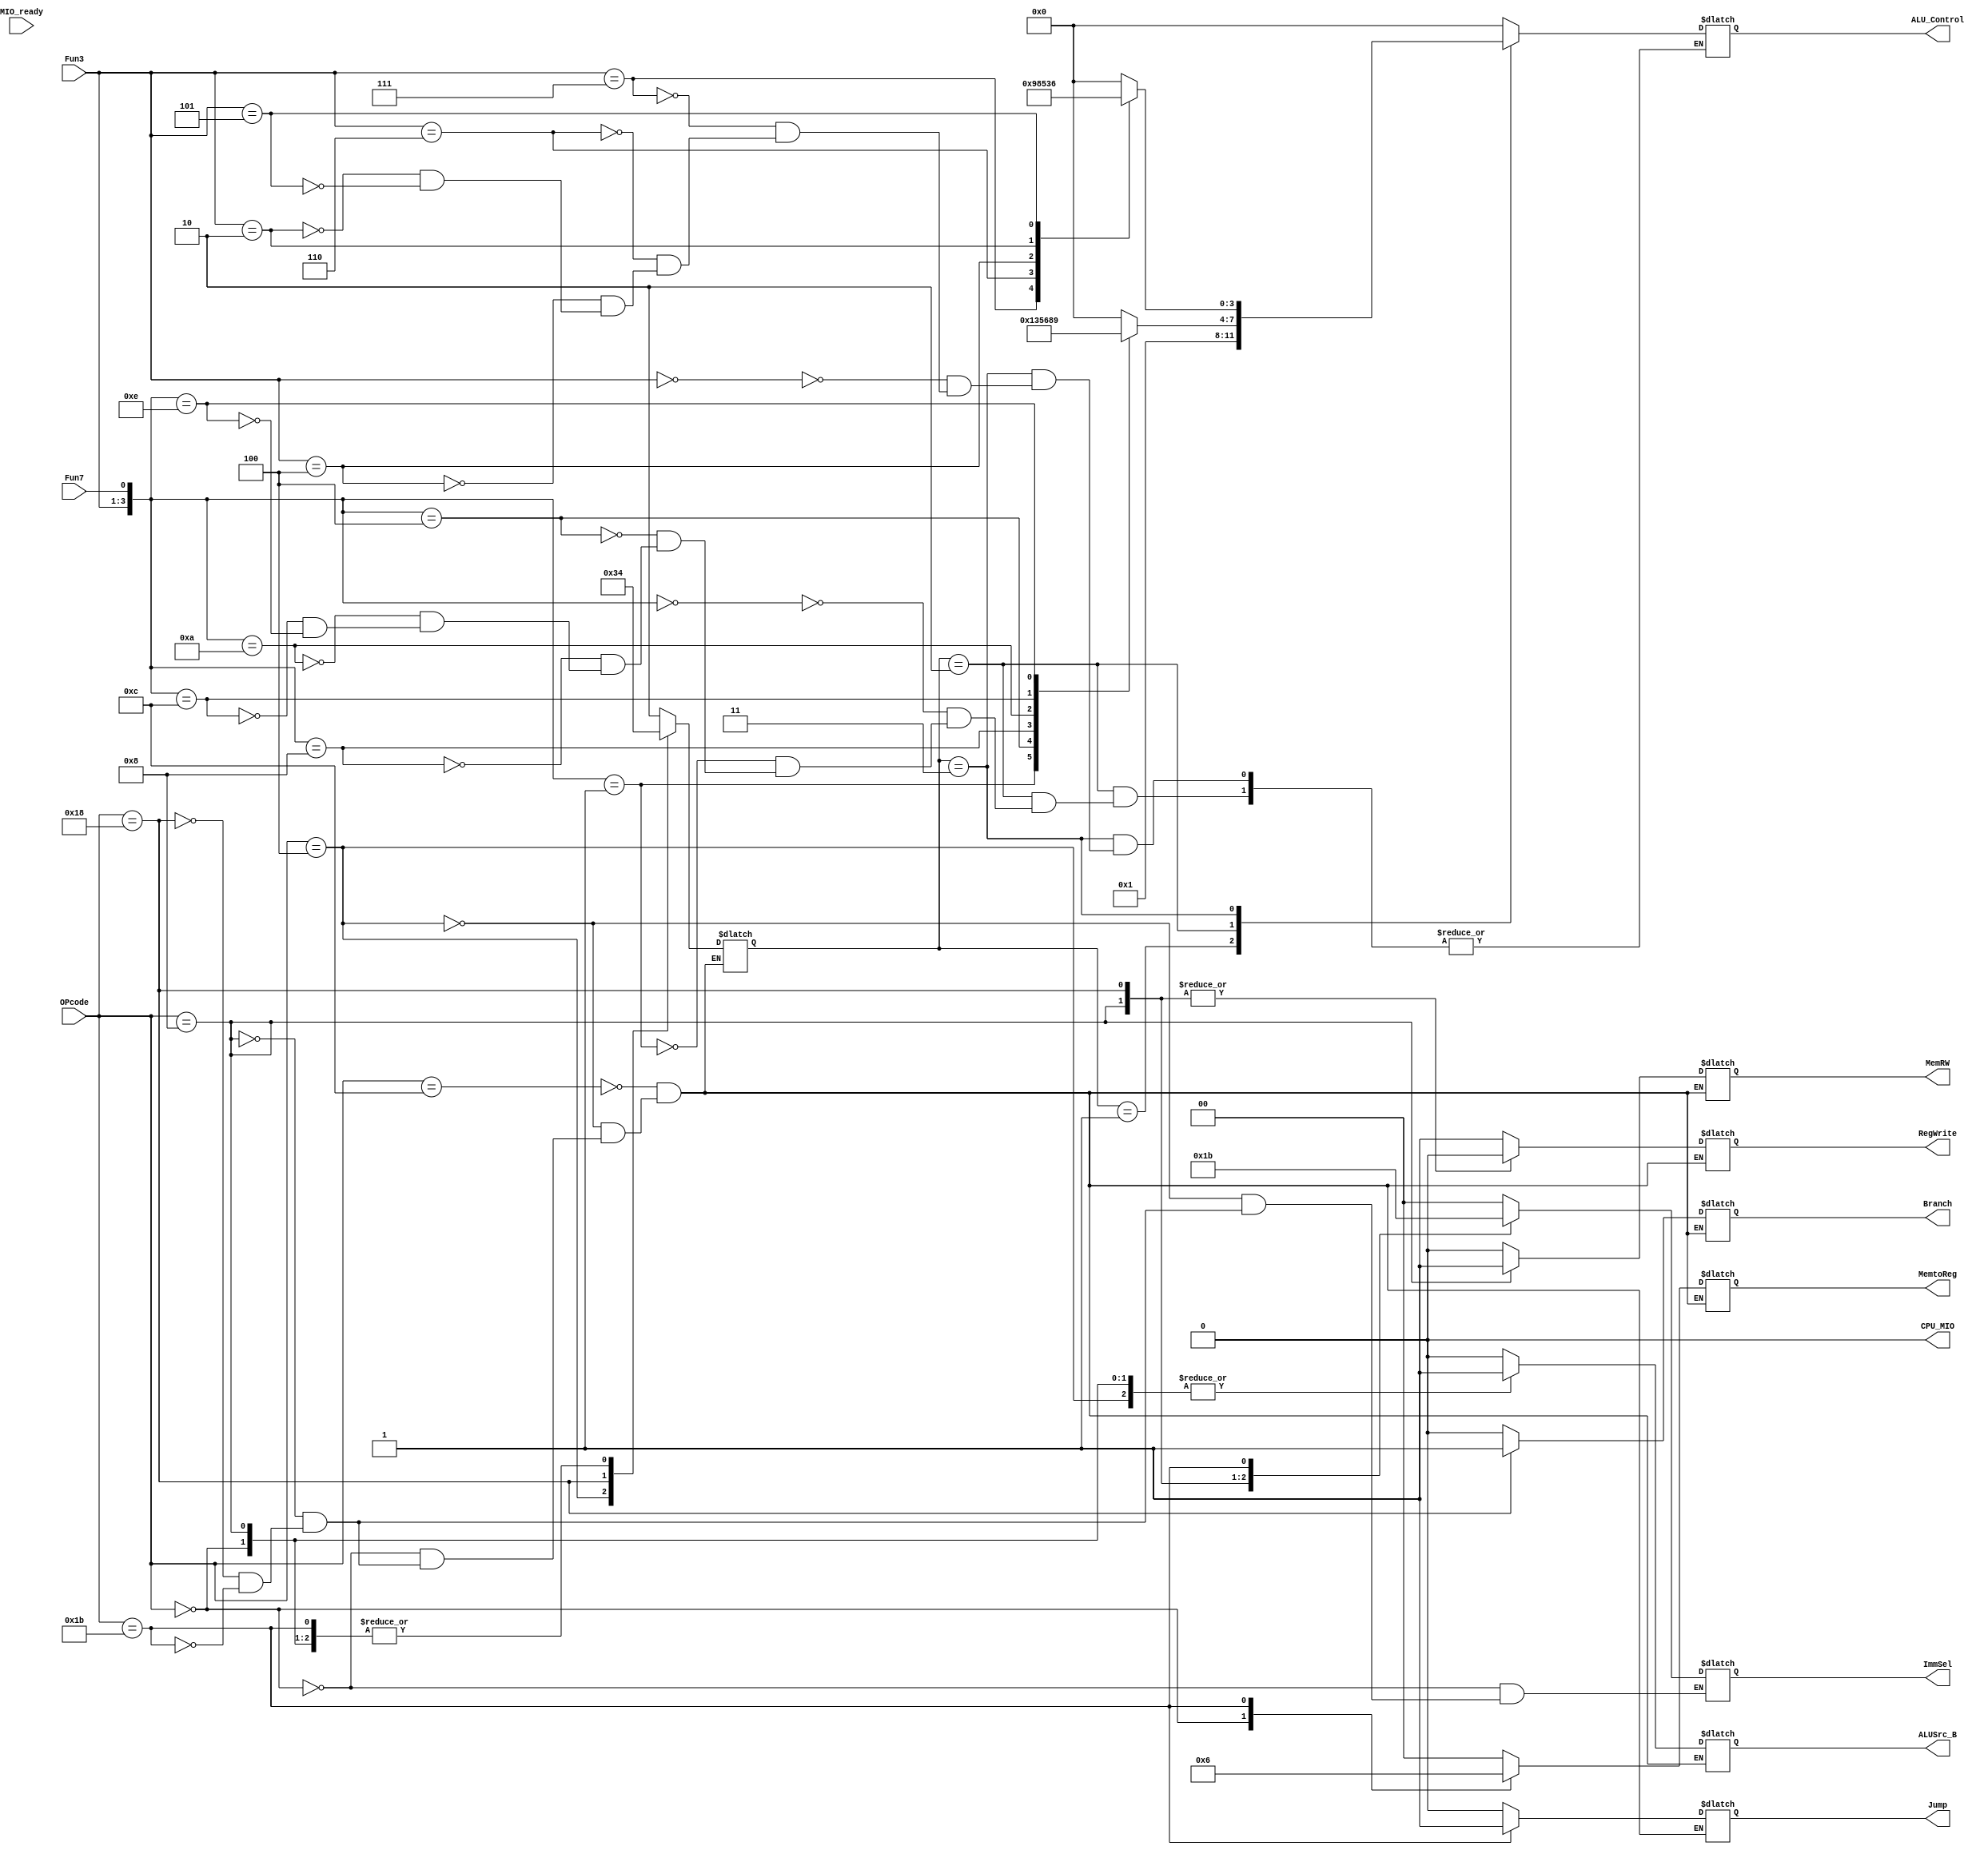
`timescale 1ns / 1ps
module SCPU_ctrl(
    input [4:0]       OPcode,
    input [2:0]       Fun3,
    input             Fun7,
    input             MIO_ready,
    output reg [1:0]  ImmSel,
    output reg        ALUSrc_B,
    output reg [1:0]  MemtoReg,
    output reg        Jump,
    output reg        Branch,
    output reg        RegWrite,
    output reg        MemRW,
    output reg [3:0]  ALU_Control,
    output reg        CPU_MIO
);
    reg[1:0] ALU_op;
    always @(*) begin
        case(OPcode)
            5'b00000: ImmSel=2'b00;
            5'b00100: ImmSel=2'b00;
            5'b01000: ImmSel=2'b01;
            5'b11000: ImmSel=2'b10;
            5'b11011: ImmSel=2'b11;
        endcase
    end

    always @(*) begin
        case(OPcode)
        5'b01100:begin      //R
            ALUSrc_B=1'b0;
            MemtoReg=2'b00;
            RegWrite=1'b1;
            MemRW=1'b0;
            Jump=1'b0;
            Branch=1'b0;
            ALU_op=2'b10;
        end
        5'b00100:begin      //I(addi...srli)
            ALUSrc_B=1'b1;
            MemtoReg=2'b00;
            RegWrite=1'b1;
            MemRW=1'b0;
            Jump=1'b0;
            Branch=1'b0;
            ALU_op=2'b11;
        end
        5'b00000:begin      //I(lw)
            ALUSrc_B=1'b1;
            MemtoReg=2'b01;
            RegWrite=1'b1;
            MemRW=1'b0;
            Jump=1'b0;
            Branch=1'b0;
            ALU_op=2'b00;
        end
        5'b01000:begin      //S
            ALUSrc_B=1'b1;
            MemtoReg=2'b00;
            RegWrite=1'b0;
            MemRW=1'b1;
            Jump=1'b0;
            Branch=1'b0;
            ALU_op=2'b00;
        end
        5'b11000:begin      //B
            ALUSrc_B=1'b0;
            MemtoReg=2'b00;
            RegWrite=1'b0;
            MemRW=1'b0;
            Jump=1'b0;
            Branch=1'b1;
            ALU_op=2'b01;
        end
        5'b11011:begin      //J
            ALUSrc_B=1'b0;
            MemtoReg=2'b10;
            RegWrite=1'b1;
            MemRW=1'b0;
            Jump=1'b1;
            Branch=1'b0;
            ALU_op=2'b00;
        end
        endcase
    end

    always @(*) begin
        case(ALU_op)
        2'b00: ALU_Control=4'b0000;     //sw, lw
        2'b01: ALU_Control=4'b0001;     //beq
        2'b10:
            case({Fun3, Fun7})
            4'b0000: ALU_Control=4'b0000;   //add
            4'b0001: ALU_Control=4'b0001;   //sub
            4'b0100: ALU_Control=4'b0011;   //slt
            4'b1000: ALU_Control=4'b0101;   //xor
            4'b1010: ALU_Control=4'b0110;   //srl
            4'b1100: ALU_Control=4'b1000;   //or
            4'b1110: ALU_Control=4'b1001;   //and
            endcase
        2'b11:
            case(Fun3)
            3'b000: ALU_Control=4'b0000;    //addi
            3'b111: ALU_Control=4'b1001;    //andi
            3'b110: ALU_Control=4'b1000;    //ori
            3'b100: ALU_Control=4'b0101;    //xori
            3'b010: ALU_Control=4'b0011;    //slti
            3'b101: ALU_Control=4'b0110;    //srli
            endcase
        endcase
        CPU_MIO=1'b0; 
    end

endmodule